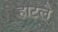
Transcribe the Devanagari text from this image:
हाटले